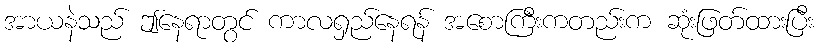
အာယနဲသည် ဤနေရာတွင် ကာလရှည်နေရန် အစောကြီးကတည်းက ဆုံးဖြတ်ထားပြီး